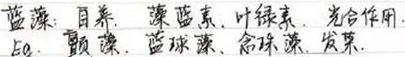
蓝藻：自养，藻蓝素、叶绿素，光合作用.
如：颤藻、蓝球藻、念珠藻、发菜.